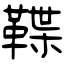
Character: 鞢